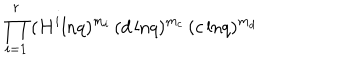
LaTeX: \prod _ { i = 1 } ^ { r } \, ( H ^ { i } \mathrm { l n } q ) ^ { m _ { i } } \, ( d \, \mathrm { l n } q ) ^ { m _ { c } } \, ( c \, \mathrm { l n } q ) ^ { m _ { d } }